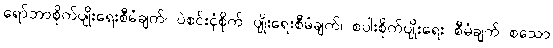
ရော်ဘာစိုက်ပျိုးရေးစီမံချက်၊ ပဲစင်းငုံစိုက် ပျိုးရေးစီမံချက်၊ စပါးစိုက်ပျိုးရေး စီမံချက် စသော